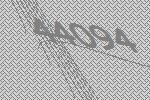
44094